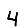
Digit: 4